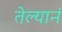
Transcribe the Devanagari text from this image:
तेल्यानं